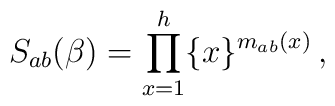
S_{ab}(\beta)=\prod_{x=1}^{h}\{x\}^{m_{ab}(x)}\,,